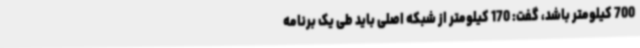
700 کیلومتر باشد، گفت: 170 کیلومتر از شبکه اصلی باید طی یک برنامه